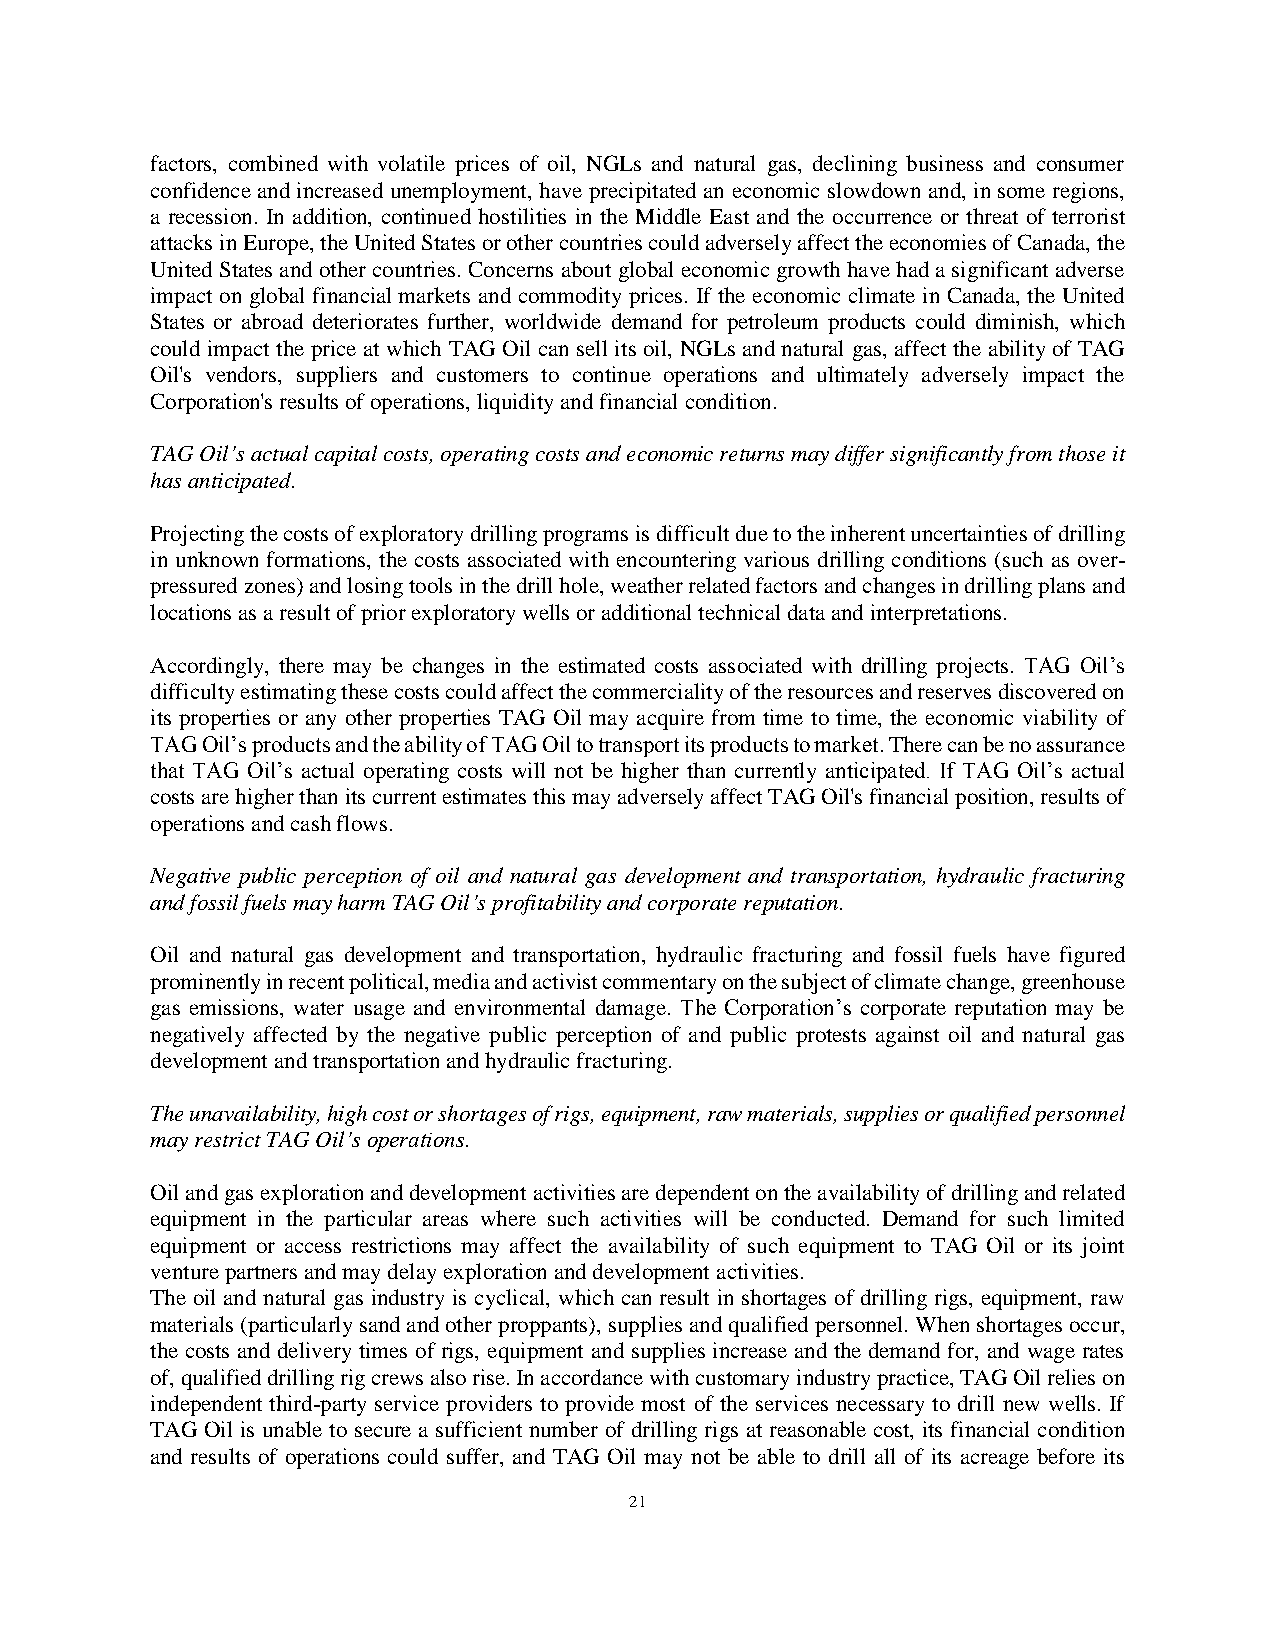
factors, combined with volatile prices of oil, NGLs and natural gas, declining business and consumer
 confidence and increased unemployment, have precipitated an economic slowdown and, in some regions,
 a recession. In addition, continued hostilities in the Middle East and the occurrence or threat of terrorist
 attacks in Europe, the United States or other countries could adversely affect the economies of Canada, the
 United States and other countries. Concerns about global economic growth have had a significant adverse
 impact on global financial markets and commodity prices. If the economic climate in Canada, the United
 States or abroad deteriorates further, worldwide demand for petroleum products could diminish, which
 could impact the price at which TAG Oil can sell its oil, NGLs and natural gas, affect the ability of TAG
 Oil's vendors, suppliers and customers to continue operations and ultimately adversely impact the
 Corporation's results of operations, liquidity and financial condition.
 TAG Oil’s actual capital costs, operating costs and economic returns may differ significantly from those it
 has anticipated.
 Projecting the costs of exploratory drilling programs is difficult due to the inherent uncertainties of drilling
 in unknown formations, the costs associated with encountering various drilling conditions (such as over-
 pressured zones) and losing tools in the drill hole, weather related factors and changes in drilling plans and
 locations as a result of prior exploratory wells or additional technical data and interpretations.
 Accordingly, there may be changes in the estimated costs associated with drilling projects. TAG Oil’s
 difficulty estimating these costs could affect the commerciality of the resources and reserves discovered on
 its properties or any other properties TAG Oil may acquire from time to time, the economic viability of
 TAG Oil’s products and the ability of TAG Oil to transport its products to market. There can be no assurance
 that TAG Oil’s actual operating costs will not be higher than currently anticipated. If TAG Oil’s actual
 costs are higher than its current estimates this may adversely affect TAG Oil's financial position, results of
 operations and cash flows.
 Negative public perception of oil and natural gas development and transportation, hydraulic fracturing
 and fossil fuels may harm TAG Oil’s profitability and corporate reputation.
 Oil and natural gas development and transportation, hydraulic fracturing and fossil fuels have figured
 prominently in recent political, media and activist commentary on the subject of climate change, greenhouse
 gas emissions, water usage and environmental damage. The Corporation’s corporate reputation may be
 negatively affected by the negative public perception of and public protests against oil and natural gas
 development and transportation and hydraulic fracturing.
 The unavailability, high cost or shortages of rigs, equipment, raw materials, supplies or qualified personnel
 may restrict TAG Oil’s operations.
 Oil and gas exploration and development activities are dependent on the availability of drilling and related
 equipment in the particular areas where such activities will be conducted. Demand for such limited
 equipment or access restrictions may affect the availability of such equipment to TAG Oil or its joint
 venture partners and may delay exploration and development activities.
 The oil and natural gas industry is cyclical, which can result in shortages of drilling rigs, equipment, raw
 materials (particularly sand and other proppants), supplies and qualified personnel. When shortages occur,
 the costs and delivery times of rigs, equipment and supplies increase and the demand for, and wage rates
 of, qualified drilling rig crews also rise. In accordance with customary industry practice, TAG Oil relies on
 independent third-party service providers to provide most of the services necessary to drill new wells. If
 TAG Oil is unable to secure a sufficient number of drilling rigs at reasonable cost, its financial condition
 and results of operations could suffer, and TAG Oil may not be able to drill all of its acreage before its
 21